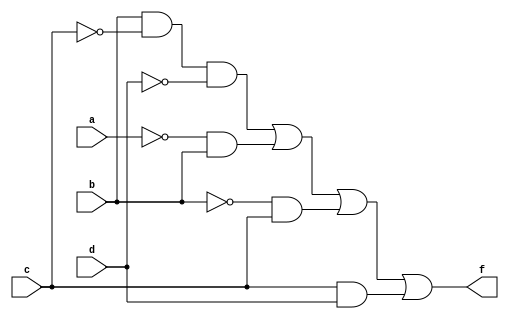
module prog1_1(a,b,c,d,f);
input a,b,c,d;
output f;
assign f = (b&~c&~d)|(~a&b)|(~b&c)|(c&d);
endmodule